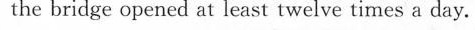
the bridge opened at least twelve times a day.